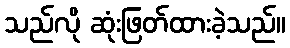
သည်လို ဆုံးဖြတ်ထားခဲ့သည်။